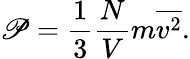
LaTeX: \mathscr{P}={\frac{{1}}{{3}}}{\frac{{N}}{{V}}}m{\overline{{{v^{2}}}}}.